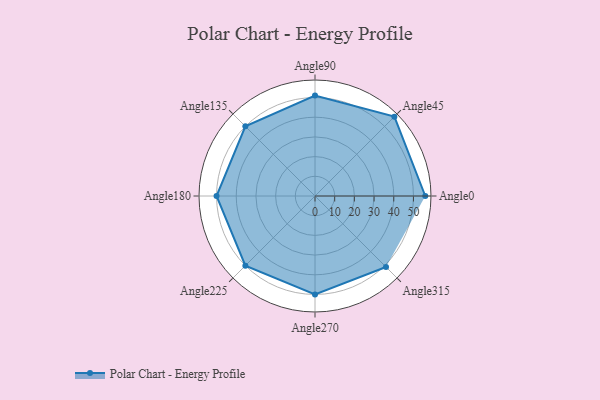
{"axis": {"x": "Angle", "y": "Radius"}, "legend": [""], "data": [{"x": "Angle0", "y": 56.0, "type": ""}, {"x": "Angle45", "y": 57.0, "type": ""}, {"x": "Angle90", "y": 51.0, "type": ""}, {"x": "Angle135", "y": 50, "type": ""}, {"x": "Angle180", "y": 50, "type": ""}, {"x": "Angle225", "y": 50, "type": ""}, {"x": "Angle270", "y": 50.0, "type": ""}, {"x": "Angle315", "y": 51.0, "type": ""}]}